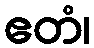
ဧတံ၊